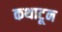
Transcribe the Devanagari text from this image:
कथाटून